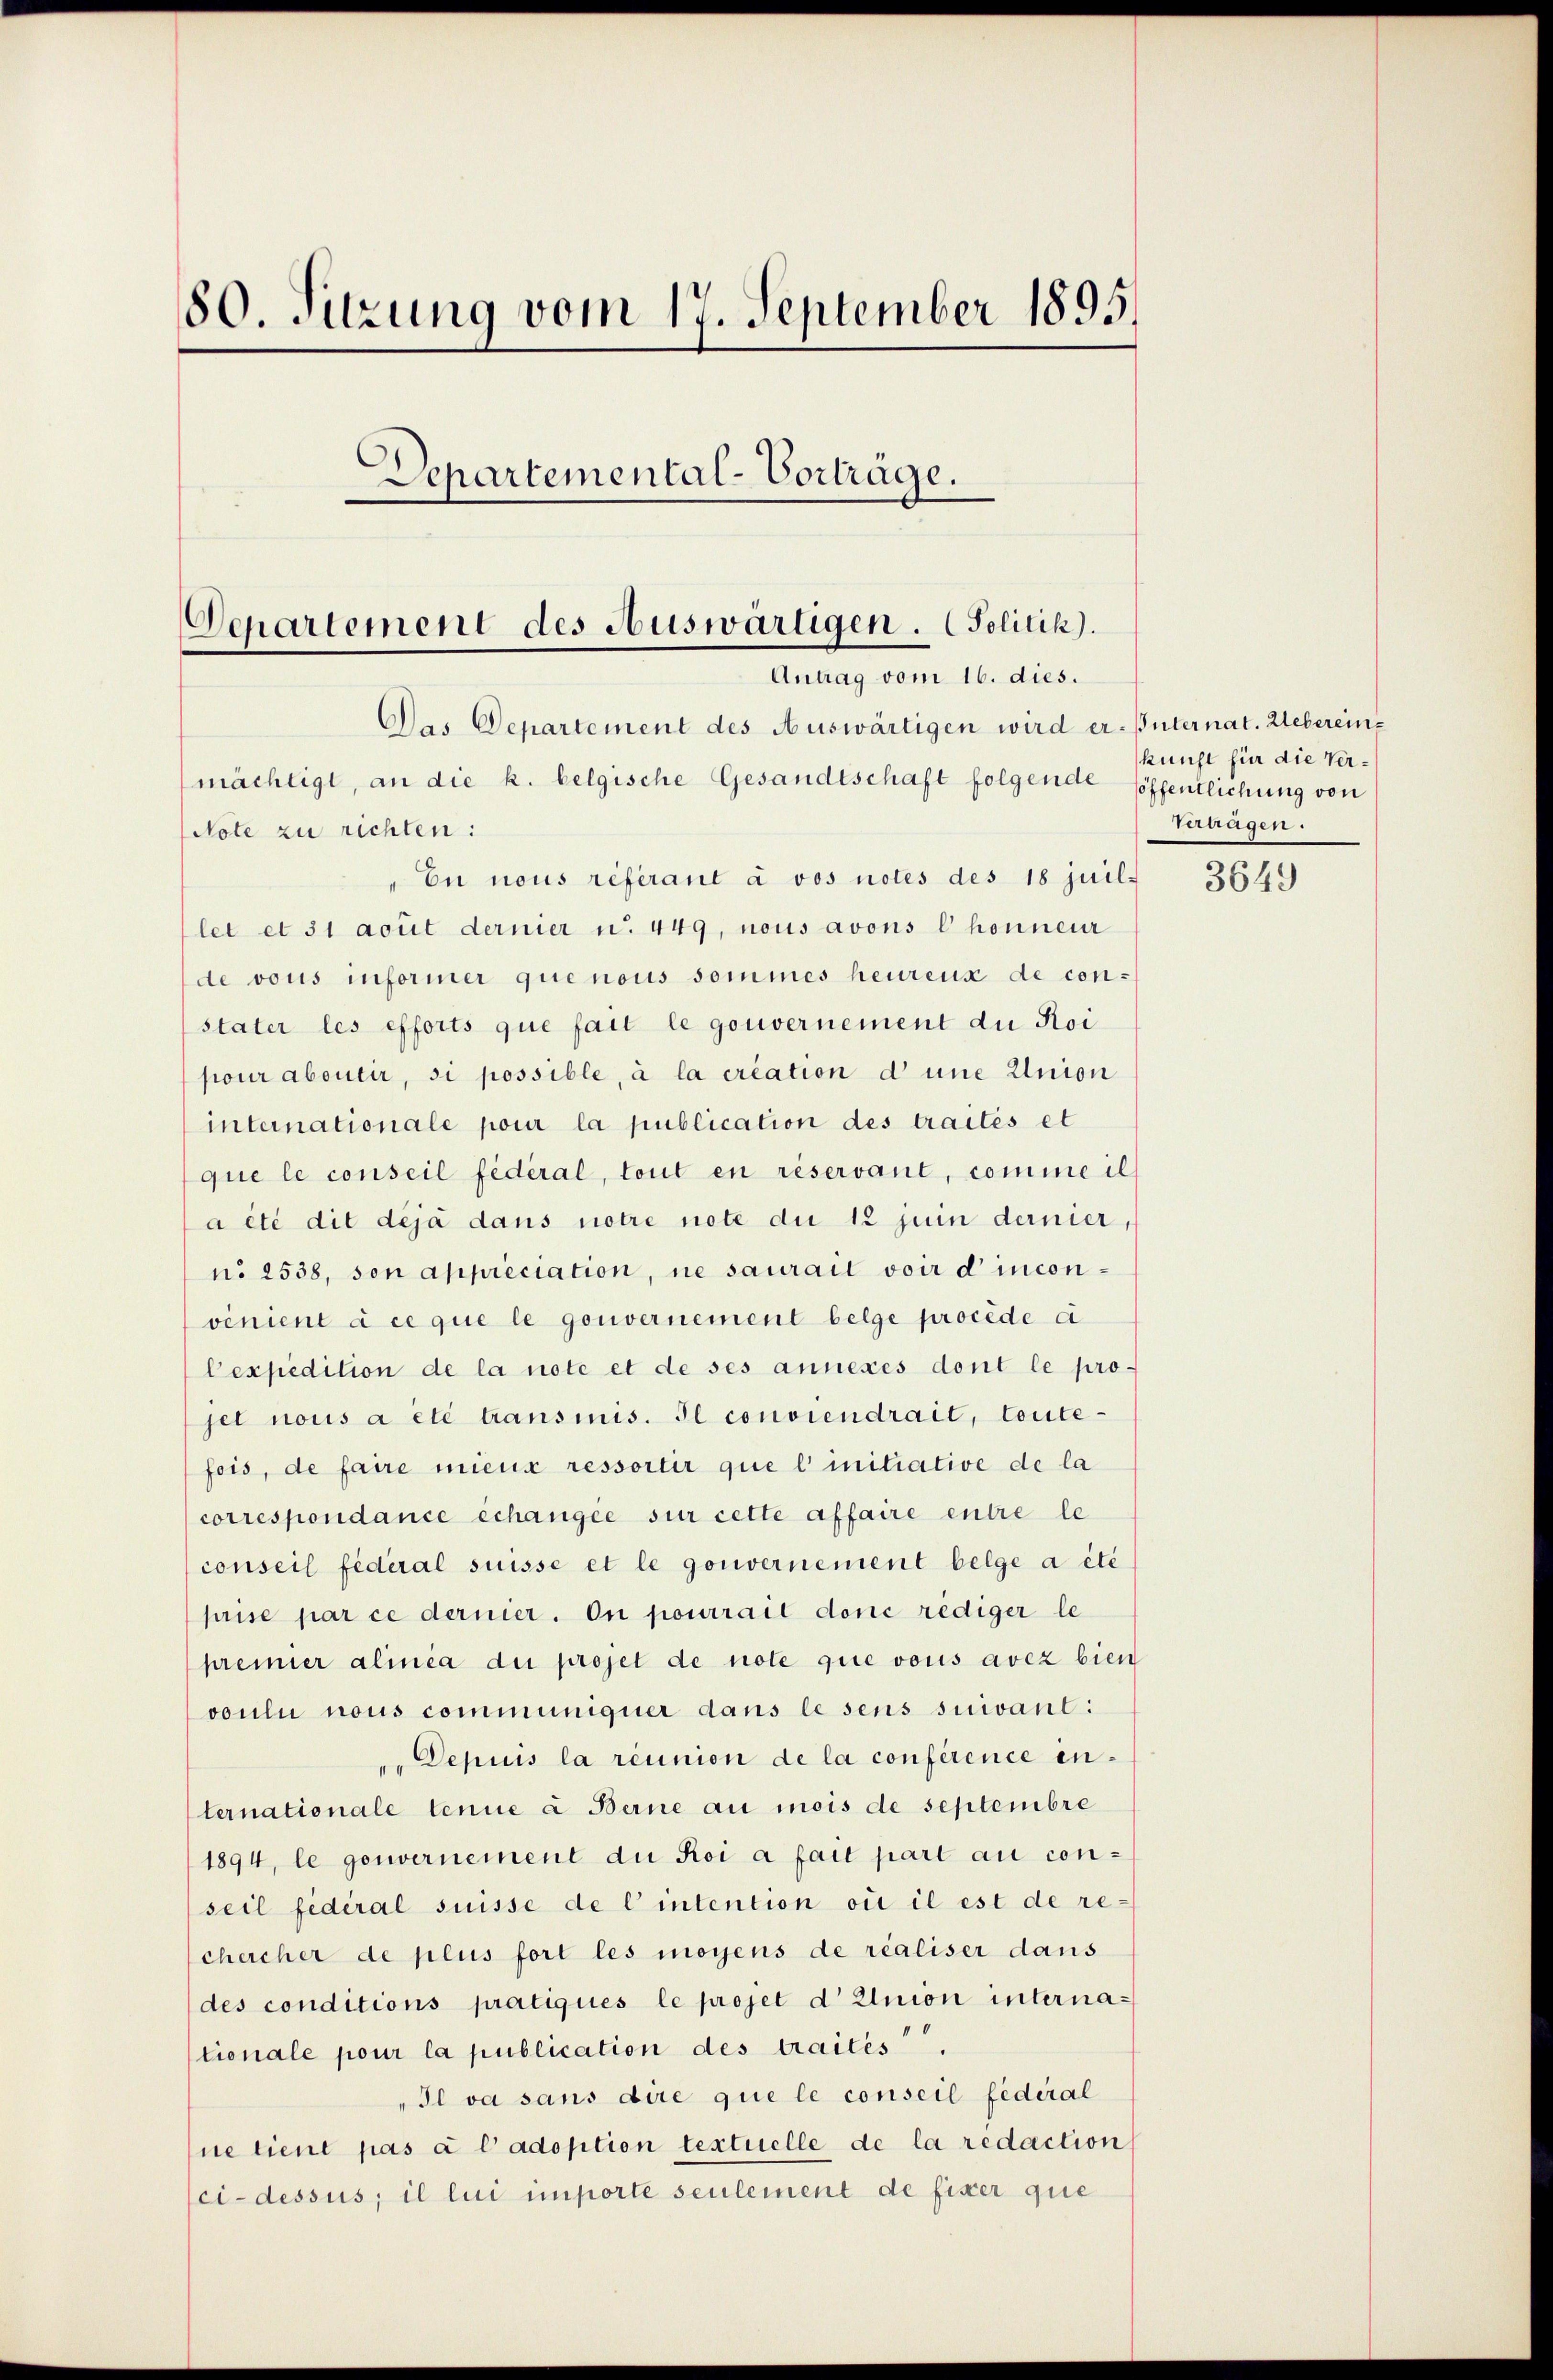
80. Sitzung vom 17. September 1895.
Departemental-Vorträge.
Departement des Auswärtigen. (Politik).
Antrag vom 16. dies.

Das Departement des Auswärtigen wird er-Büternat. Webereinmächtigt, an die k. belgische Gesandtschaft folgende Hoffentlichung von
Note zu richten:
En nous referant à vos notes des 18 juil-
let et 31 acuit dernier u. 449, nous avons Chonneur
de vous informer que nous sommes heurens de constater les efforts que fait le gouvernement du Roi
pour abourir, si possible, à la création d une Union
internationale pour la publication des traités et
que le conseil fédéral, tout en réservant, comme il
a été dit deja dans notre note die 12 juin dernier,
no 1538, son appréciation, ne saurait voir d’inconvenient à ce que le gouvernement belge procède c
Cexpedition de la note et de ses annexes dont le pro-
jet nous a été transmis. Il conviendrait, toute-
fois, de faire mieux ressortir que l’ initiative de la
correspondance échangée sur cette affaire entre le
conseil fédéral suisse et le gouvernement belge a été
prise par ce dernier. On pourrait doni rediger le
premier alinea du projet de note que vous avez bien
voulii nous communiquer dans le sens suivant:
". Depuis la réunion de la conférence enternationale tenue à Berne au mois de septembre
1894, le gouvernement du Roi a fait part au con-
seil fédéral suisse de l’intention où il est de re-
chercher de plus fort les moyens de réaliser dans
des conditions pratiques le projet d Union internationale pour la publication des traites
„Il va sans dire que le conseil fédéral
ne tient pas à l’adoption textuelle de la redaction
ci-dessus; il lui importe seulement de fixer que

kunst für die Verterragen.

3649